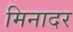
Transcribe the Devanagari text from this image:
मिनादर